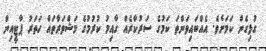
ގުޅިގެން ކަމަށެވެ. އެއްބައިވަންތަ ކަމުގެ ސަރުކާރެއް ގާއިމު ކުރުމުގެ މަޝްވަރާތައް ހަތަރު ޕާޓީއިން